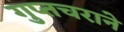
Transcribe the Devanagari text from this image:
गुप्तचराने